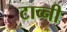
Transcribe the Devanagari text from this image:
टाव्नी